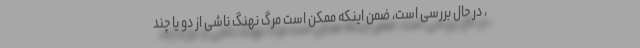
، در حال بررسی است، ضمن اینکه ممکن است مرگ نهنگ ناشی از دو یا چند